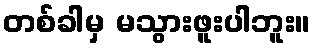
တစ်ခါမှ မသွားဖူးပါဘူး။